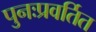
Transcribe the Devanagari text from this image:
पुनःप्रवर्तित